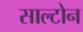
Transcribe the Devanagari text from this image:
साल्टोन